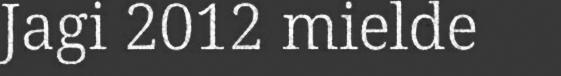
Jagi 2012 mielde